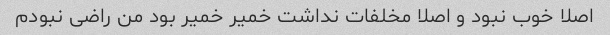
اصلا خوب نبود و اصلا مخلفات نداشت خمیر خمیر بود من راضی نبودم